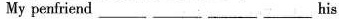
My penfriend____ ____ ____ ___ his